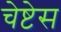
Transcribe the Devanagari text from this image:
चेष्टेस